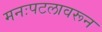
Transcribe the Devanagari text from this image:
मनःपटलावरून